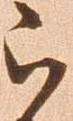
被